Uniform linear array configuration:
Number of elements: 16
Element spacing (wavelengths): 0.75
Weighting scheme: exponential
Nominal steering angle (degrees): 15
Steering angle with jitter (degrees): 15.944
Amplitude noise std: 0.05
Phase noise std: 0.05

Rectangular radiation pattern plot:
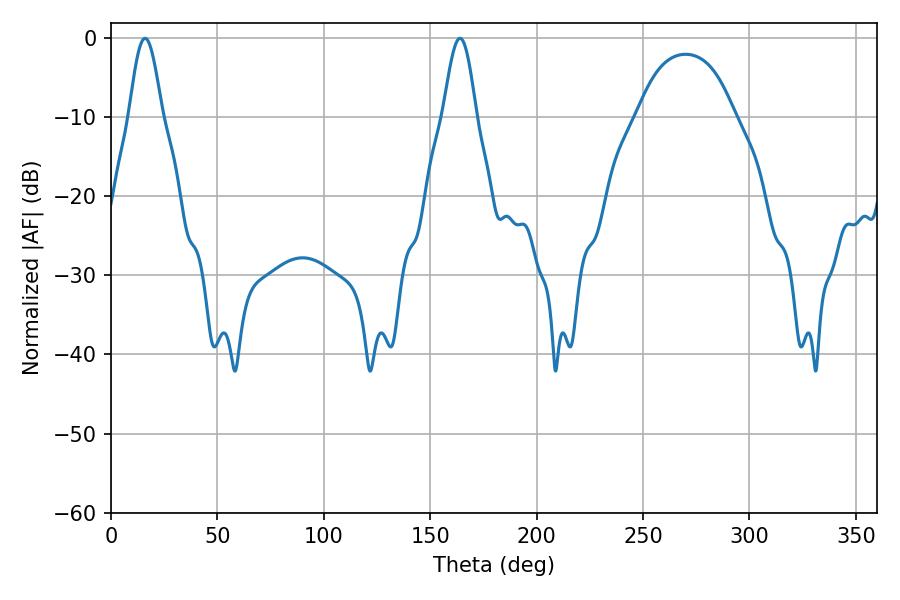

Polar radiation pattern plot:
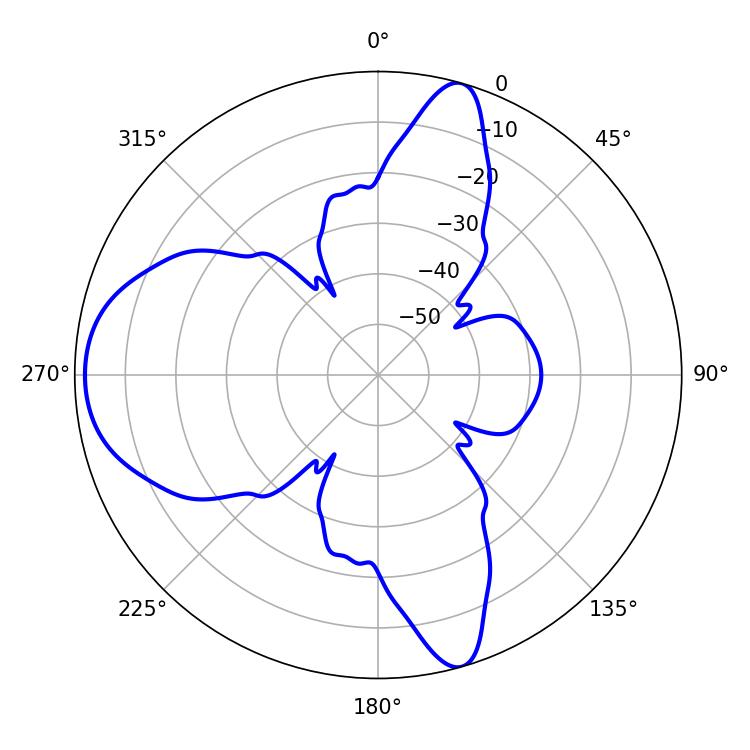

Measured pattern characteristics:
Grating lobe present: TRUE
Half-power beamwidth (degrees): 8.28
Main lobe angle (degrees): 16.02